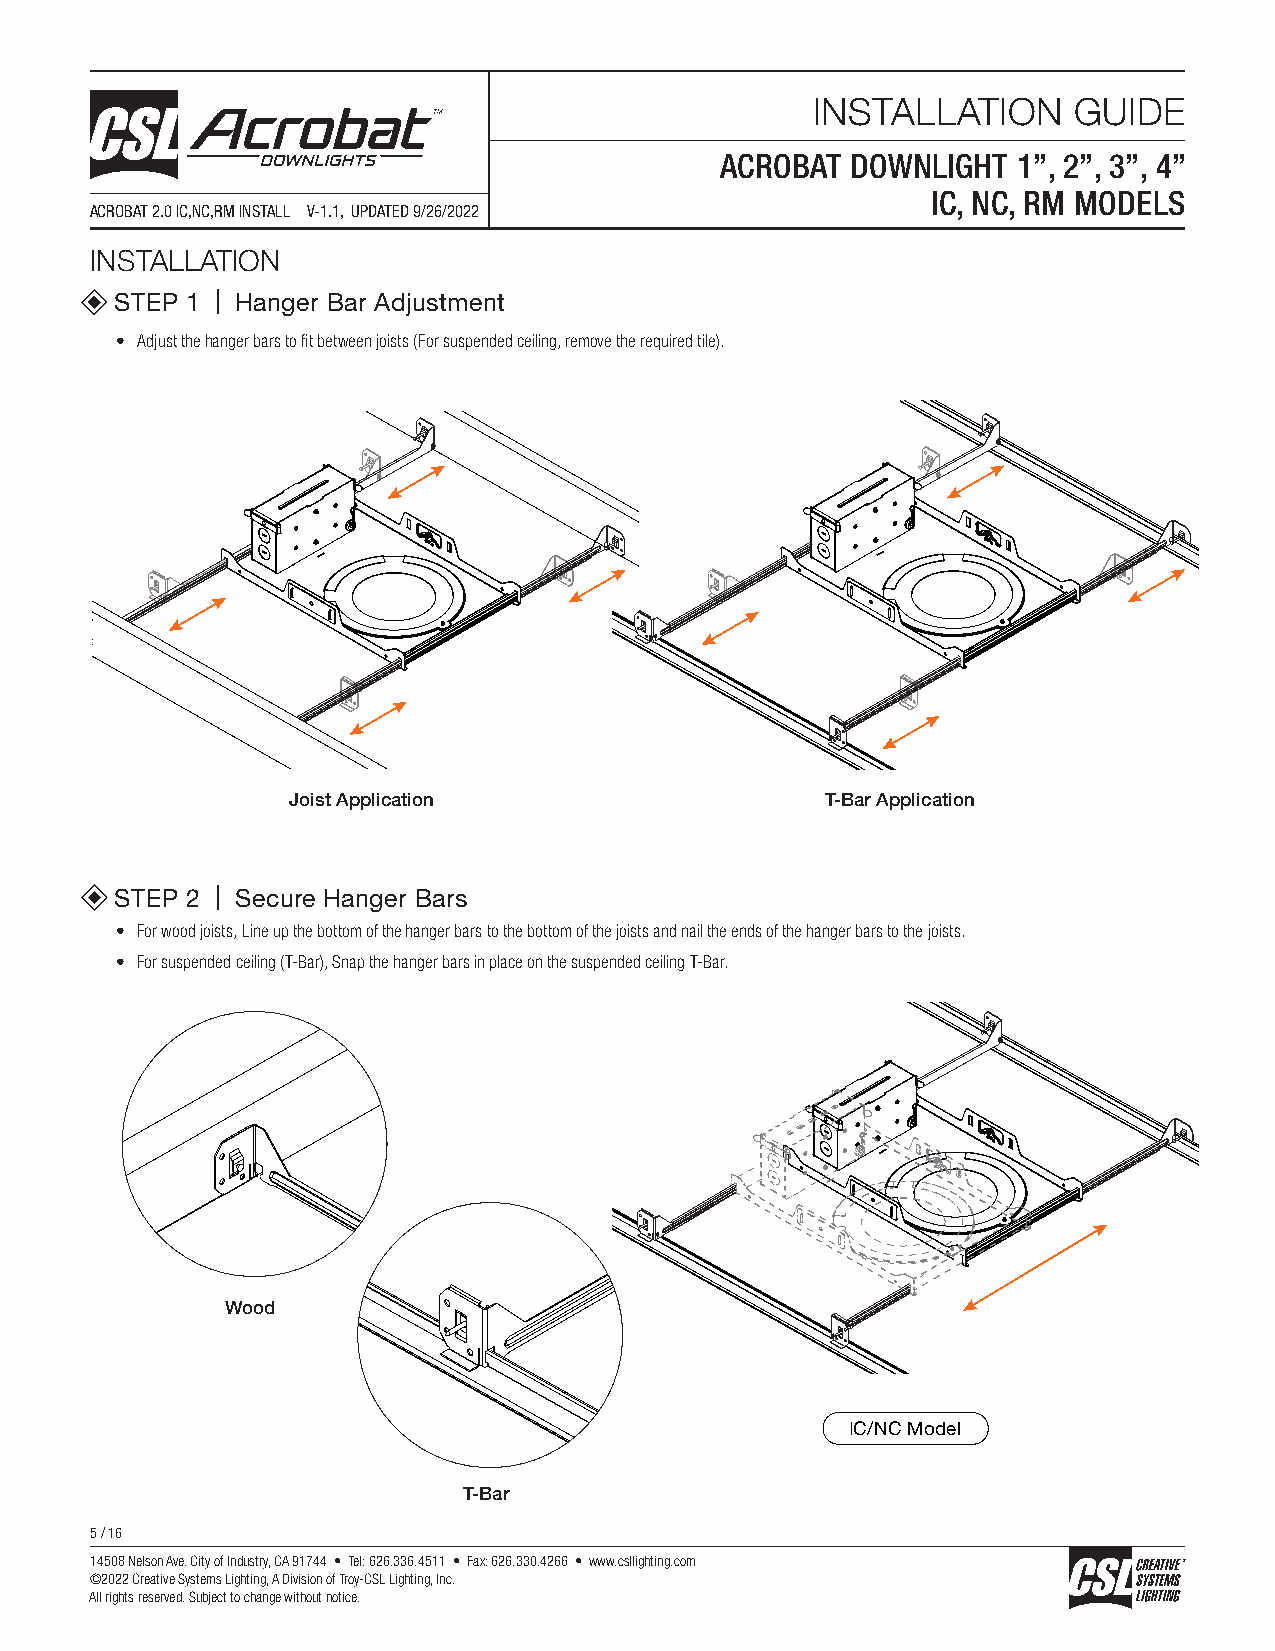
INSTALLATION     GUIDE
 ACROBAT DOWNLIGHT  1”, 2”, 3”, 4”
 IC, NC, RM MODELS
 ACROBAT 2.0 IC,NC,RM INSTALL V-1.1, UPDATED 9/26/2022
 INSTALLATION
 STEP 1 | Hanger Bar Adjustment
 • Adjust the hanger bars to fit between joists (For suspended ceiling, remove the required tile).
 Joist Application                   T-Bar Application
 STEP 2 | Secure Hanger Bars
 • For wood joists, Line up the bottom of the hanger bars to the bottom of the joists and nail the ends of the hanger bars to the joists.
 • For suspended ceiling (T-Bar), Snap the hanger bars in place on the suspended ceiling T-Bar.
 Wood
 IC/NC Model
 T-Bar
 5 / 16
 14508 Nelson Ave. City of Industry, CA 91744 • Tel: 626.336.4511 • Fax: 626.330.4266 • www.csllighting.com
 ©2022 Creative Systems Lighting, A Division of Troy-CSL Lighting, Inc.
 All rights reserved. Subject to change without notice.